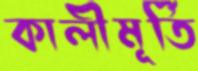
কালীমূর্তি